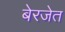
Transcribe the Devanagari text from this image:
बेरजेत